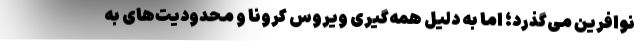
نوافرین می‌گذرد؛ اما به دلیل همه‌گیری ویروس کرونا و محدودیت‌های به